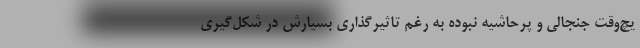
یچ‌وقت جنجالی و پرحاشیه نبوده به رغم تاثیرگذاری‌ بسیارش در شکل‌گیری